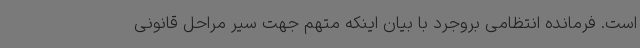
است. فرمانده انتظامی بروجرد با بیان اینکه متهم جهت سیر مراحل قانونی